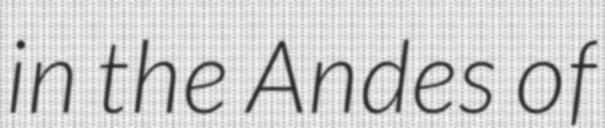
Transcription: in the Andes of